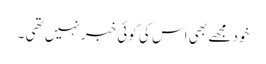
خود مجھے بھی اس کی کوئی خبر نہیں تھی ۔